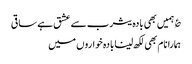
؏ ہمیں بھی بادہ یثرب سے عشق ہے ساقی
ہمارا نام بھی لکھ لینا بادہ خواروں میں